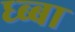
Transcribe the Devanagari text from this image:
ध्ब्बा